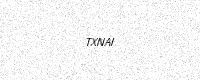
Text: TXNAI